Medical and sanitary report of the native army of Bengal for the year
Year: 1876
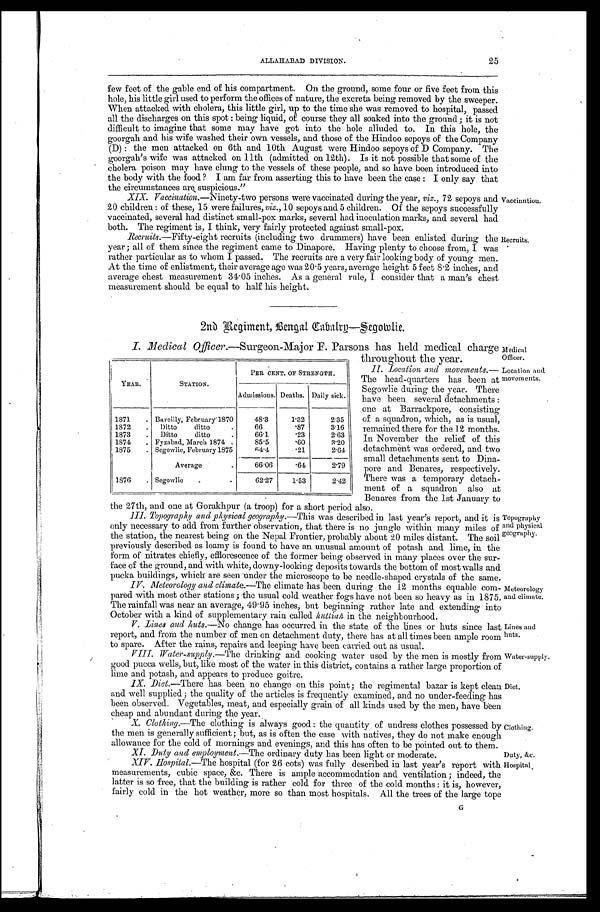
Lines and
huts.
Water-supply.
Diet.
Clothing.
Duty, &c .
Hospital.
ALLAHABAD DIVISION.
25
few feet of the gable end of his compartment. On the ground, some four or five feet from this
hole, his little girl used to perform the offices of nature, the excreta being removed by the sweeper.
When attacked with cholera, this little girl, up to the time she was removed to hospital, passed
all the discharges on this spot : being liquid, of course they all soaked into the ground; it is not
difficult to imagine that some may have got into the hole alluded to. In this hole, the
goorgah and his wife washed their own vessels, and those of the Hindoo sepoys of the Company
(D) : the men attacked on 6th and 10th August were Hindoo sepoys of D Company. The
goorgah' s wife was attacked on 11th (admitted on 12th). Is it not possible that some of the
cholera poison may have clung to the vessels of these people, and so have been introduced into
the body with the food ? I am far from asserting this to have been the case : I only say that
the circumstances are suspicious."
XIX. Vaccination.—Ninety-two persons were vaccinated during the year, viz., 72 sepoys and
20 children : of these, 15 were failures, viz., 10 sepoys and 5 children. Of the sepoys successfully
vaccinated, several had distinct small-pox marks, several had inoculation marks, and several had
both. The regiment is, I think, very fairly protected against small-pox.
Vaccinntion.
Recruits.—Fifty-eight recruits (including two drummers) have been enlisted during the
year; all of them since the regiment came to Dinapore. Having plenty to choose from, I was
rather particular as to whom I passed. The recruits are a very fair looking body of young men.
At the time of enlistment, their average age was 20.5 years, average height 5 feet 8.2 inches, and
average chest measurement 34.05 inches. As a general rule, I consider that a man's chest
measurement should be equal to half his height.
Recruits.
2nd Regiment, Bengal Cavalry—Segowlie.
I. Medical Officer.—Surgeon-Major F. Parsons has held medical charge Medical
Officer.
Location and
movements.
YEAR.
STATION.
PER CENT. OF STRENGTH.
Admissions. Deaths. Daily sick.
1871
Bareilly, February 1870
48.3
1.32
2.35
1872
Ditto
ditto
66
.87
3.16
1873
Ditto
ditto
66.1
.23
2.63
1874
Fyzahad, March 1874
85.5
. 6 0
3.20
1875
Segowlie, February 1875
64.4
.21
2.64
Average
66.06
.64
2.79
1876
Segowlie
62.27
1.53
2.42
throughout the year.
II. location and movements.—
The head-quarters has been at
Segowlie during the year. There
have been several detachments :
one at Barrackpore, consisting
of a squadron, which, as is usual,
remained there for the 12 months.
In November the relief of this
detachment was ordered, and two
small detachments sent to Dina-
pore and Benares, respectively.
There was a temporary detach-
ment of a squadron also at
Benares from the 1st January to
the 27th, and one at Gorakhpur (a troop) for a short period also.
III. Topography and physical geography.—This was described in last year's report, and it is
only necessary to add from further observation, that there is no jungle within many miles of
the station, the nearest being on the Nepal Frontier, probably about 20 miles distant. The soil
previously described as loamy is found to have an unusual amount of potash and lime, in the
form of nitrates chiefly, efflorescence of the former being observed in many places over the sur-
face of the ground, and with white, downy-looking deposits towards the bottom of most walls and
pucka buildings, which are seen under the microscope to be needle-shaped crystals of the same.
IV. Meteorology and climate.— The climate has been during the 12 months equable com-
pared with most other stations; the usual cold weather fogs have not been so heavy as in 1875.
The rainfall was near an average, 49.95 inches, but beginning rather late and extending into
October with a kind of supplementary rain called huttiah in the neighbourhood.
V. Lines and huts.—No change has occurred in the state of the lines or huts since last
report, and from the number of men on detachment duty, there has at all times been ample room
to spare. After the rains, repairs and leeping have been carried out as usual.
VIII.Water-supply.—The drinking and cooking water used by the men is mostly from
good pucca wells, but, like most of the water in this district, contains a rather large proportion of
lime and potash, and appears to produce goitr
e.
IX. Diet.—There has been no change on this point; the regimental bazar is kept clean
and well supplied ; the quality of the articles is frequently examined, and no under-feeding has
been observed. Vegetables, meat, and especially grain of all kinds used by the men, have been
cheap and abundant during the year.
X. Clothing.—The clothing is always good : the quantity of undress clothes possessed by
the men is generally sufficient; but, as is often the case with natives, they do not make enough
allowance for the cold of mornings and evenings and this h as often to be po inted out to them.
XI. Duty and employment. —The ordinary duty has been light or moderate.
XIV. Hospital.—The hospital (for 26 cots) was fully described last year's report with
measurements, cubic space, &c. There is ample accommodation and ventilation ; indeed, the
latter is so free, that the building is rather cold for three of the cold months : it is, however,
fairly cold in the hot weather, more so than most hospitals. All the trees of the large tope
Meteorology
and climate.
Topography
and physical
geography.